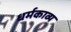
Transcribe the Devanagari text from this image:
धर्मकाव्य